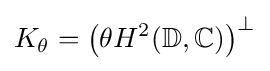
K_{\theta }=\left(\theta H^{2}(\mathbb {D} ,\mathbb {C} )\right)^{\perp }